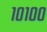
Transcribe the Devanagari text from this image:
१०१००